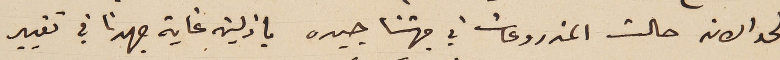
ولحد الان حالت المزروعات في جهتنا جيده بازلين غاية جهدنا في تغيير